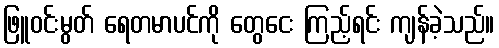
ဖြူဝင်းမွတ် ရေတမာပင်ကို တွေငေး ကြည့်ရင်း ကျန်ခဲ့သည်။